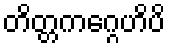
တိတ္တကဂ္ဂေဟိပိ